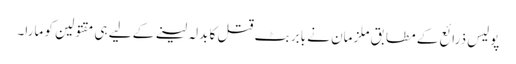
پولیس ذرائع کے مطابق ملزمان نے بابر بٹ قتل کا بدلہ لینے کے لیے ہی مقتولین کو مارا۔